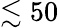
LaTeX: \lesssim 50